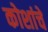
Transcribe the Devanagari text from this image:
कोशांचे